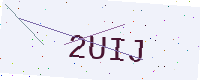
Text: 2UIJ